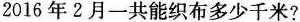
2016年2月一共能织布多少千米?